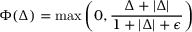
\Phi ( \boldsymbol \Delta ) = \operatorname* { m a x } \left( 0 , \frac { \boldsymbol \Delta + | \boldsymbol \Delta | } { 1 + | \boldsymbol \Delta | + \epsilon } \right)